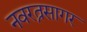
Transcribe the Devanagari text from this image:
नवरत्नसागर